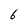
Character: 6